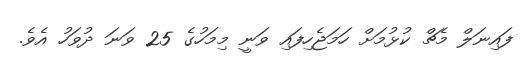
ފައިނަލް މެޗް ކުޅުމަށް ހަމަޖެހިފައި ވަނީ މިމަހުގެ 25 ވަނަ ދުވަހު އެވެ.